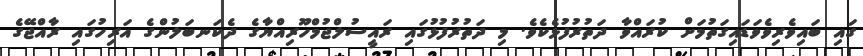
ގައި ބައިވެރިވެވަޑައިގަތުމަށް ކުރައްވާ ދަތުރުފުޅެކެވެ. މި ދަތުރުފުޅުގައި ރައީސުލްޖުމްހޫރިއްޔާގެ ދެކަނބަލުންގެ އަރިހުގައި ރާއްޖޭގެ